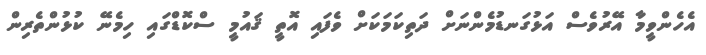
އެހެންވީމާ އޭރުވެސް އަޅުގަނޑުމެންނަށް ދަތިކަމަކަށް ވެފައި އޮތީ ޤައުމީ ސްކޮޑްގައި ހިމެނޭ ކުޅުންތެރިން